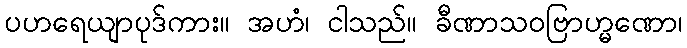
ပဟရေယျာပုဒ်ကား။ အဟံ၊ ငါသည်။ ခီဏာသဝဗြာဟ္မဏော၊